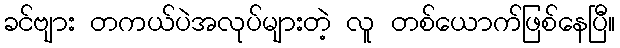
ခင်ဗျား တကယ်ပဲအလုပ်များတဲ့ လူ တစ်ယောက်ဖြစ်နေပြီ။